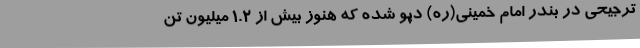
ترجیحی در بندر امام خمینی(ره) دپو شده که هنوز بیش از ۱.۲ میلیون تن